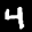
Label: 4